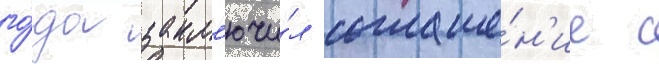
го́да закл'ючи́л соглаше́н'ие с